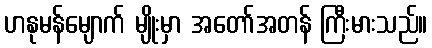
ဟနုမန်မျောက် မျိုးမှာ အတော်အတန် ကြီးမားသည်။